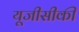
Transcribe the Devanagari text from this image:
यूजीसीकी